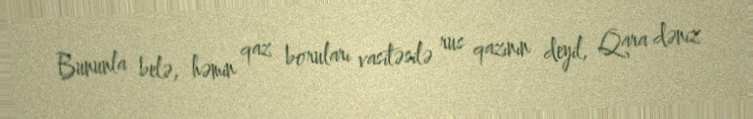
Bununla belə, həmin qaz boruları vasitəsilə rus qazının deyil, Qara dəniz